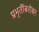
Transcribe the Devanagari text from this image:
प्रभृतींबरोबर